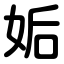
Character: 姤